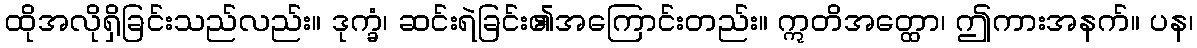
ထိုအလိုရှိခြင်းသည်လည်း။ ဒုက္ခံ၊ ဆင်းရဲခြင်း၏အကြောင်းတည်း။ ဣတိအတ္ထော၊ ဤကားအနက်။ ပန၊